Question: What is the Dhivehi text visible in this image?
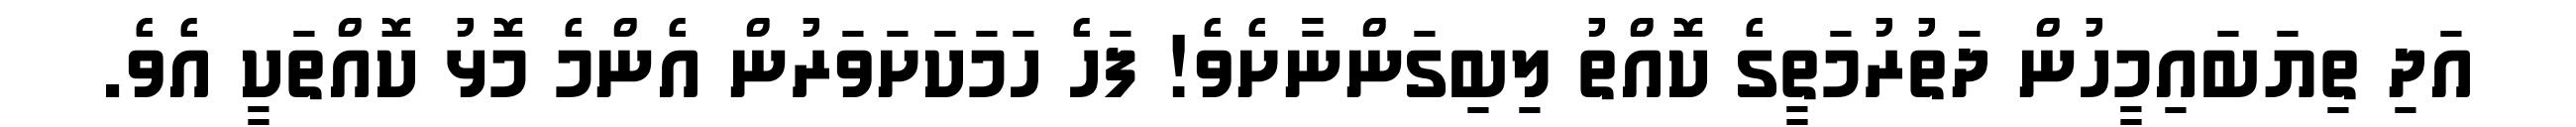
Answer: އަދި ތިޔަބައިމީހުން ދަތުރުމަތީގެ ކޮއްތު ލިބިގަންނާށެވެ! ފަހެ ހަމަކަށަވަރުން އެންމެ މޮޅު ކޮއްތަކީ އެވެ.